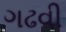
ગઢવી